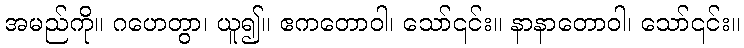
အမည်ကို။ ဂဟေတွာ၊ ယူ၍။ ဧကတောဝါ၊ သော်၎င်း။ နာနာတောဝါ၊ သော်၎င်း။